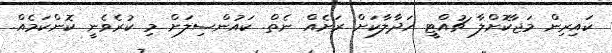
ކައިރިން މަޖާކޮށްލާ ޗުއްޓީ ހަދާލާކަށް ރަށެއް ނެތް. ކައުންސިލަށް މި ކުރެވެނީ ކޮންކަމެއް.